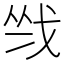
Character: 𢦺